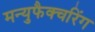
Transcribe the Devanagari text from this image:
मन्युफैक्चरिंग